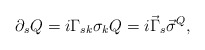
\begin{align*}\partial_s Q = i \Gamma_{sk} \sigma_k Q = i \vec{\Gamma}_s \vec{\sigma}^Q ,\end{align*}